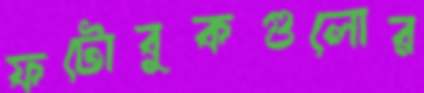
ফটোবুকগুলোর